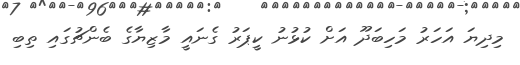
މިދިޔަ އަހަރު މަހިބަދޫ އަށް ކުޅުނު ކީޕަރު ގެނައީ މާޒިޔާގެ ބެންޗުގައި ތިބި